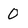
Character: 0